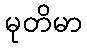
မုတိမာ